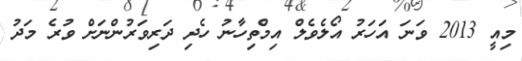
މިއީ 2013 ވަނަ އަހަރު އޯލެވެލް އިމްތިހާނު ހެދި ދަރިވަރުންނަށް ވުރެ މަދު